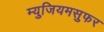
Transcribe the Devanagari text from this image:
म्युजियमसुफर